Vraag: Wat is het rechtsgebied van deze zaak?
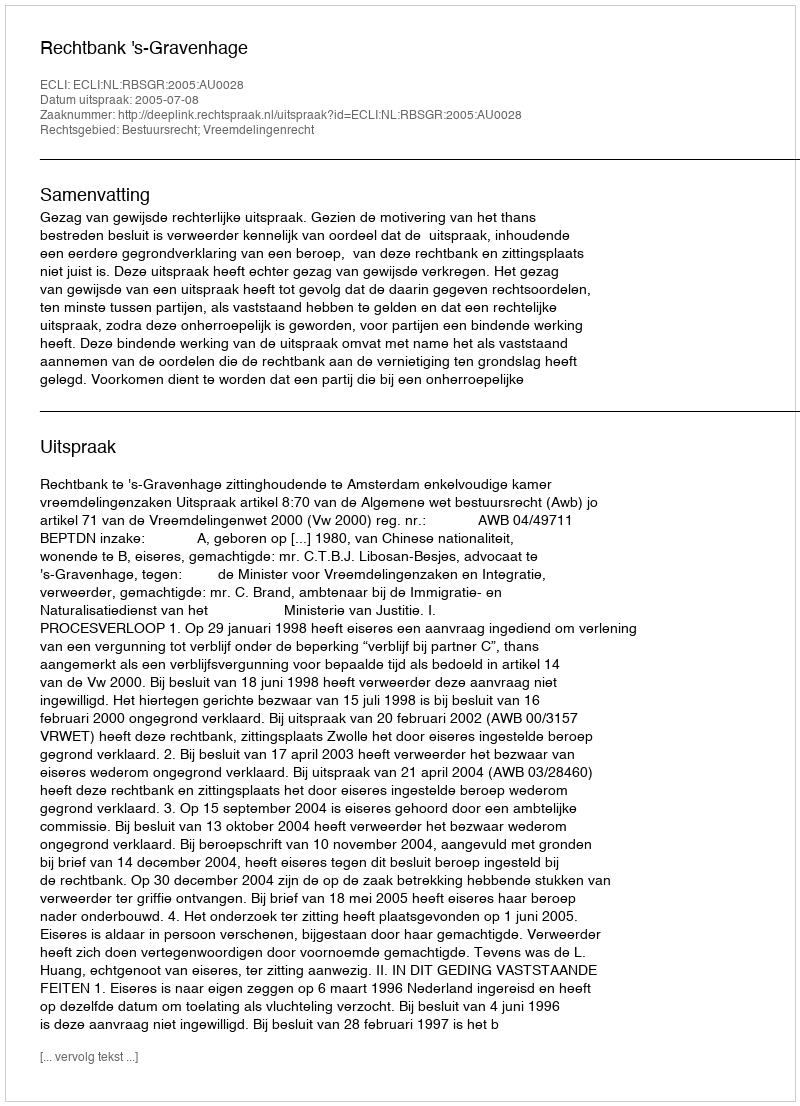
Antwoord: Bestuursrecht; Vreemdelingenrecht